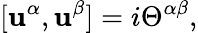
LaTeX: \lbrack\mathbf{u}^{\alpha},\mathbf{u}^{\beta}]=i\Theta^{\alpha\beta},